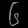
Digit: ၆